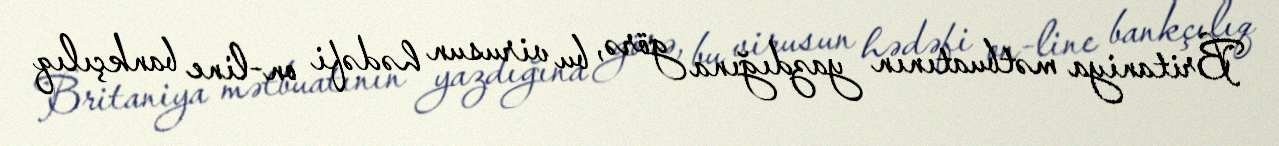
Britaniya mətbuatının yazdığına görə, bu virusun hədəfi on-line bankçılıq